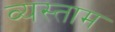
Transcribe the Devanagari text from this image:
व्यस्ताम